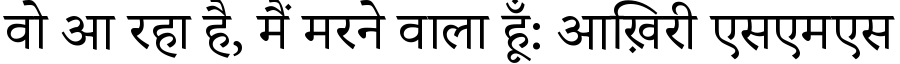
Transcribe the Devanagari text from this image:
वो आ रहा है, मैं मरने वाला हूँ: आख़िरी एसएमएस